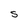
Character: S